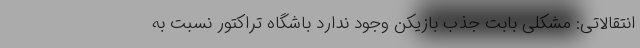
انتقالاتی: مشکلی بابت جذب بازیکن وجود ندارد باشگاه تراکتور نسبت به